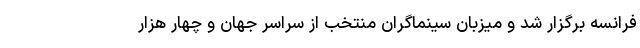
فرانسه برگزار شد و میزبان سینماگران منتخب از سراسر جهان و چهار هزار